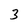
Character: 3